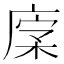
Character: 𢉹